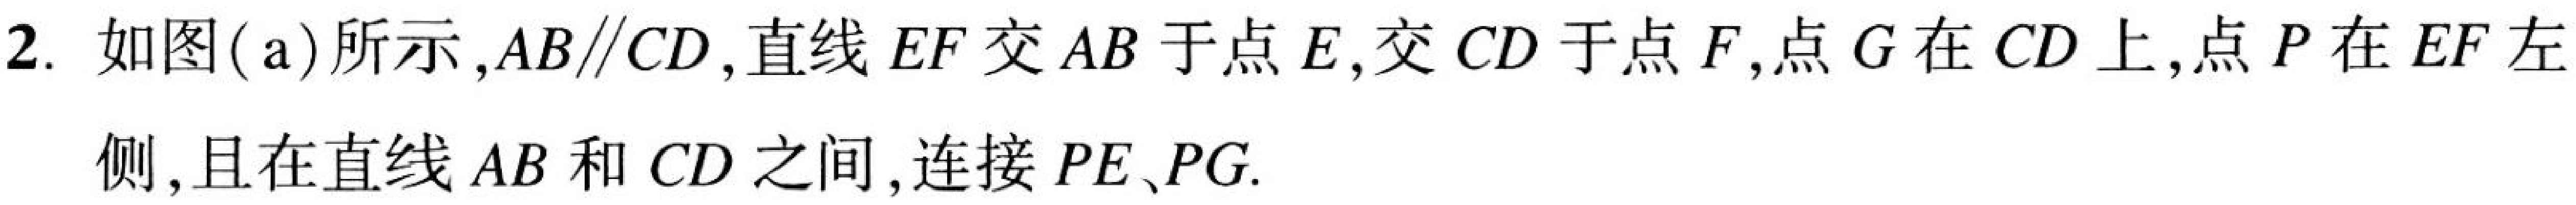
2. 如图(a)所示,$AB\parallel CD$,直线$EF$交$AB$于点$E$,交$CD$于点$F$,点$G$在$CD$上,点$P$在$EF$左侧,且在直线$AB$和$CD$之间,连接$PE、PG$.